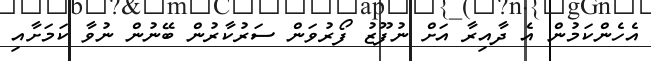
އެހެންކަމުން އެ ދާއިރާ އަށް ނުފޫޒު ފޯރުވަން ސަރުކާރުން ބޭނުން ނުވާ ކަމަށާއި